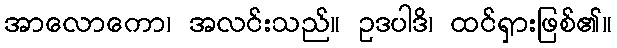
အာလောကော၊ အလင်းသည်။ ဥဒပါဒိ၊ ထင်ရှားဖြစ်၏။